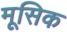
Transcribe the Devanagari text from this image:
मूसिक